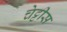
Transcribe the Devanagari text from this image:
चेट्टीस